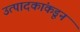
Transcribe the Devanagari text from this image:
उत्पादकांकडून